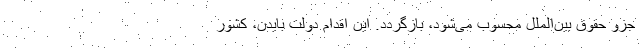
جزو حقوق بین‌الملل محسوب می‌شود، بازگردد. این اقدام دولت بایدن، کشور